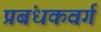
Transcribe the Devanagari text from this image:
प्रबंधकवर्ग